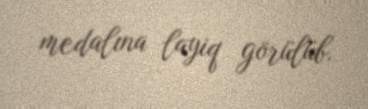
medalına layiq görülüb.